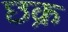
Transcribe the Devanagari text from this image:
छक्र